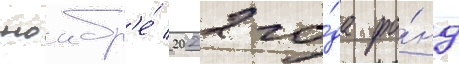
ноабр'е́ 2022 го́да фо́нд